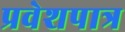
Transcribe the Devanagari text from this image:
प्रवेशपात्र